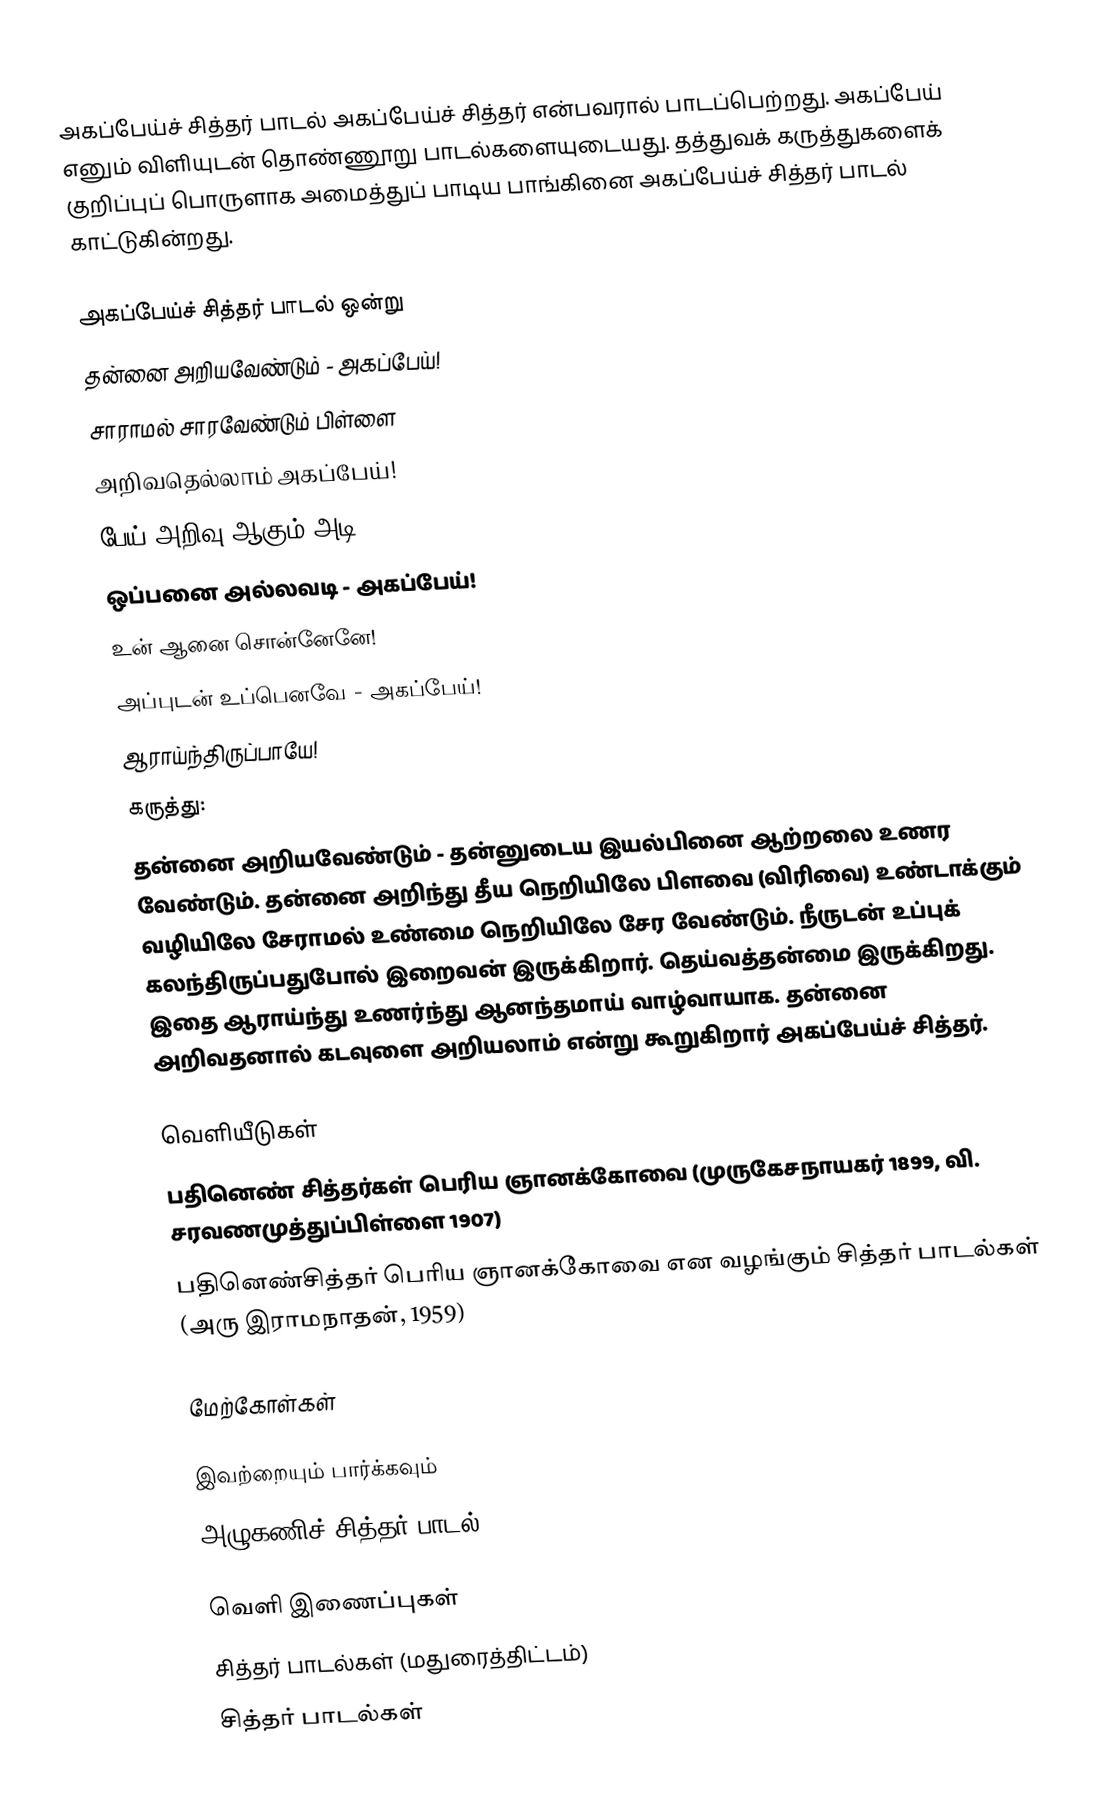
அகப்பேய்ச் சித்தர் பாடல் அகப்பேய்ச் சித்தர் என்பவரால் பாடப்பெற்றது. அகப்பேய் எனும் விளியுடன் தொண்ணூறு பாடல்களையுடையது. தத்துவக் கருத்துகளைக் குறிப்புப் பொருளாக அமைத்துப் பாடிய பாங்கினை அகப்பேய்ச் சித்தர் பாடல் காட்டுகின்றது.

அகப்பேய்ச் சித்தர் பாடல் ஒன்று
தன்னை அறியவேண்டும் - அகப்பேய்!
சாராமல் சாரவேண்டும் பிள்ளை
அறிவதெல்லாம் அகப்பேய்!
பேய் அறிவு ஆகும் அடி
ஒப்பனை அல்லவடி - அகப்பேய்!
உன் ஆனை சொன்னேனே!
அப்புடன் உப்பெனவே - அகப்பேய்!
ஆராய்ந்திருப்பாயே!
கருத்து:
தன்னை அறியவேண்டும் - தன்னுடைய இயல்பினை ஆற்றலை உணர வேண்டும். தன்னை அறிந்து தீய நெறியிலே பிளவை (விரிவை) உண்டாக்கும் வழியிலே சேராமல் உண்மை நெறியிலே சேர வேண்டும். நீருடன் உப்புக் கலந்திருப்பதுபோல் இறைவன் இருக்கிறார். தெய்வத்தன்மை இருக்கிறது. இதை ஆராய்ந்து உணர்ந்து ஆனந்தமாய் வாழ்வாயாக. தன்னை அறிவதனால் கடவுளை அறியலாம் என்று கூறுகிறார் அகப்பேய்ச் சித்தர்.

வெளியீடுகள்
பதினெண் சித்தர்கள் பெரிய ஞானக்கோவை (முருகேசநாயகர் 1899, வி. சரவணமுத்துப்பிள்ளை 1907)
பதினெண்சித்தர் பெரிய ஞானக்கோவை என வழங்கும் சித்தர் பாடல்கள் (அரு இராமநாதன், 1959)

மேற்கோள்கள்

இவற்றையும் பார்க்கவும்
அழுகணிச் சித்தர் பாடல்

வெளி இணைப்புகள்
சித்தர் பாடல்கள் (மதுரைத்திட்டம்)
சித்தர் பாடல்கள்